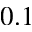
0 . 1